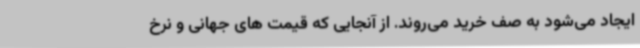
ایجاد می‌شود به صف خرید می‌روند. از آنجایی که قیمت های جهانی و نرخ